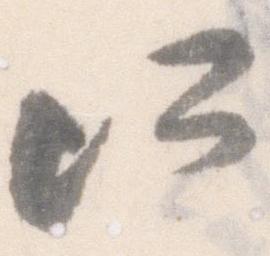
所